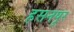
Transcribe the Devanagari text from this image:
हसनपूर